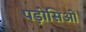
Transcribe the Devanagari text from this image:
पड़ोसिओं